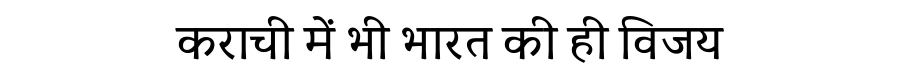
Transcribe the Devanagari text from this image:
कराची में भी भारत की ही विजय